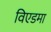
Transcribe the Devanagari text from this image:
विएडमा